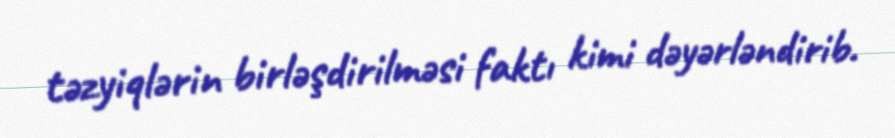
təzyiqlərin birləşdirilməsi faktı kimi dəyərləndirib.